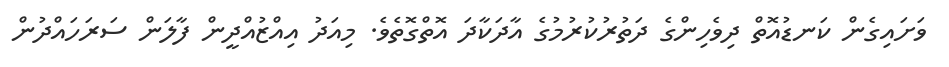
ވަށައިގެން ކަނޑުއޮތް ދިވެހިންގެ ދަތުރުކުރުމުގެ އާދަކާދަ އޮތްގޮތެވެ. މިއަދު އިއްޒުއްދީން ފާލަން ސަރަހައްދުން